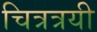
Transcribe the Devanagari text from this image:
चित्रत्रयी